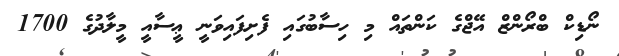
ނޯޑިކް ބްރޯންޒް އޭޖްގެ ކަންތައް މި ހިސާބުގައި ފެށިފައިވަނީ ޢީސާއީ މީލާދުގެ 1700